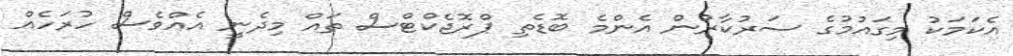
އެކަމަކު މިގައުމުގެ ސަރުކާރުން އެންމެ ބޮޑެތި ޕްރޮޖެކްޓްސް ތައް މިދެނީ އެއްވެސް ހުރަހެއް